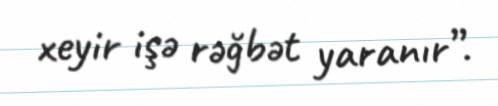
xeyir işə rəğbət yaranır”.